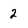
Character: 2